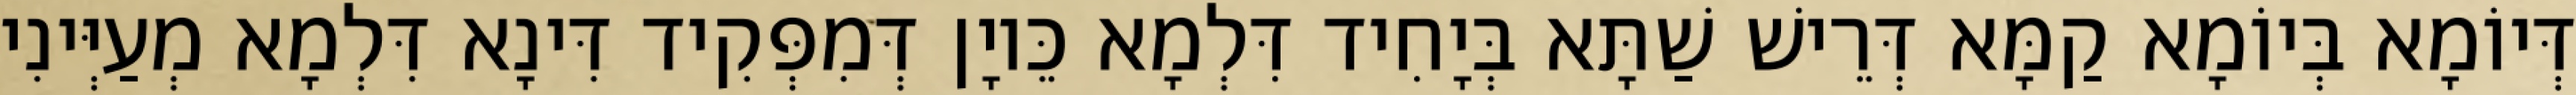
דְּיוֹמָא בְּיוֹמָא קַמָּא דְּרֵישׁ שַׁתָּא בְּיָחִיד דִּלְמָא כֵּיוָן דְּמִפְּקִיד דִּינָא דִּלְמָא מְעַיְּינִי